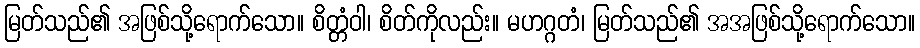
မြတ်သည်၏ အဖြစ်သို့ရောက်သော။ စိတ္တံဝါ၊ စိတ်ကိုလည်း။ မဟဂ္ဂတံ၊ မြတ်သည်၏ အအဖြစ်သို့ရောက်သော။